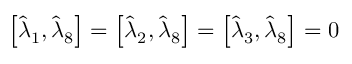
\begin{array} { r } { \left[ \hat { \lambda } _ { 1 } , \hat { \lambda } _ { 8 } \right] = \left[ \hat { \lambda } _ { 2 } , \hat { \lambda } _ { 8 } \right] = \left[ \hat { \lambda } _ { 3 } , \hat { \lambda } _ { 8 } \right] = 0 } \end{array}